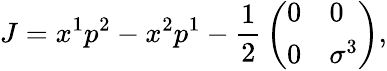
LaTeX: J=x^{1}p^{2}-x^{2}p^{1}-{\frac{1}{2}}\left(\begin{array}{ll}{{0}}&{{0}}\\ {{0}}&{{\sigma^{3}}}\end{array}\right),